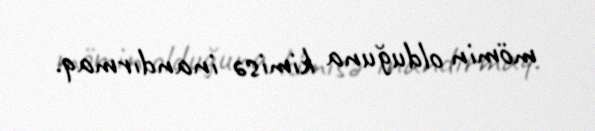
mömin olduğuna kimisə inandırmaq.